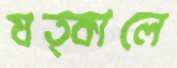
যত্কালে